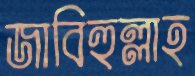
জাবিহুল্লাহ